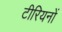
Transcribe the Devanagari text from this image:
टीरियनों